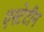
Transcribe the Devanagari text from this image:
एस्टेटीन